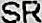
SR